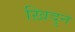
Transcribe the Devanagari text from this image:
ख़िदुन